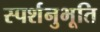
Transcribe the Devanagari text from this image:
स्पर्शनुभूति